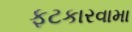
ફટકારવામા